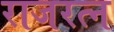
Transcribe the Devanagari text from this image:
राजरत्न